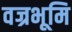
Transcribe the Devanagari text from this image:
वज्रभूमि